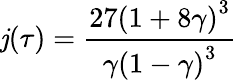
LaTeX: \mathit{j}(\tau)={\frac{{27\left(1+8\gamma\right)^{3}}}{{\gamma\left(1-\gamma\right)^{3}}}}